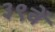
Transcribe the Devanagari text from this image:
३९वें